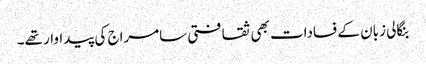
بنگالی زبان کے فسادات بھی ثقافتی سامراج کی پیداوار تھے۔